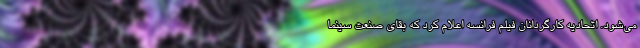
می‌شود. اتحادیه کارگردانان فیلم فرانسه اعلام کرد که بقای صنعت سینما